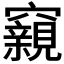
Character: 𥨾